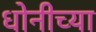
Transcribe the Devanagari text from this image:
धोनीच्या